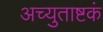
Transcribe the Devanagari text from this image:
अच्युताष्टकं